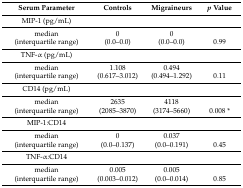
<table><thead><tr><td><b>Serum Parameter</b></td><td><b>Controls</b></td><td><b>Migraineurs</b></td><td><b><i>p</i> Value</b></td></tr></thead><tbody><tr><td>MIP-1 (pg/mL)</td><td colspan="3"></td></tr><tr><td>median</td><td>0</td><td>0</td><td></td></tr><tr><td>(interquartile range)</td><td>(0.0–0.0)</td><td>(0.0–0.0)</td><td>0.99</td></tr><tr><td>TNF-α (pg/mL)</td><td colspan="3"></td></tr><tr><td>median</td><td>1.108</td><td>0.494</td><td></td></tr><tr><td>(interquartile range)</td><td>(0.617–3.012)</td><td>(0.494–1.292)</td><td>0.11</td></tr><tr><td>CD14 (pg/mL)</td><td colspan="3"></td></tr><tr><td>median</td><td>2635</td><td>4118</td><td></td></tr><tr><td>(interquartile range)</td><td>(2085–3870)</td><td>(3174–5660)</td><td>0.008 *</td></tr><tr><td>MIP-1:CD14</td><td></td><td></td><td></td></tr><tr><td>median</td><td>0</td><td>0.037</td><td></td></tr><tr><td>(interquartile range)</td><td>(0.0–0.137)</td><td>(0.0–0.191)</td><td>0.45</td></tr><tr><td>TNF-α:CD14</td><td></td><td></td><td></td></tr><tr><td>median</td><td>0.005</td><td>0.005</td><td></td></tr><tr><td>(interquartile range)</td><td>(0.003–0.012)</td><td>(0.0–0.014)</td><td>0.85</td></tr></tbody></table>